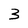
Character: 3